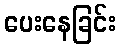
ပေးနေခြင်း